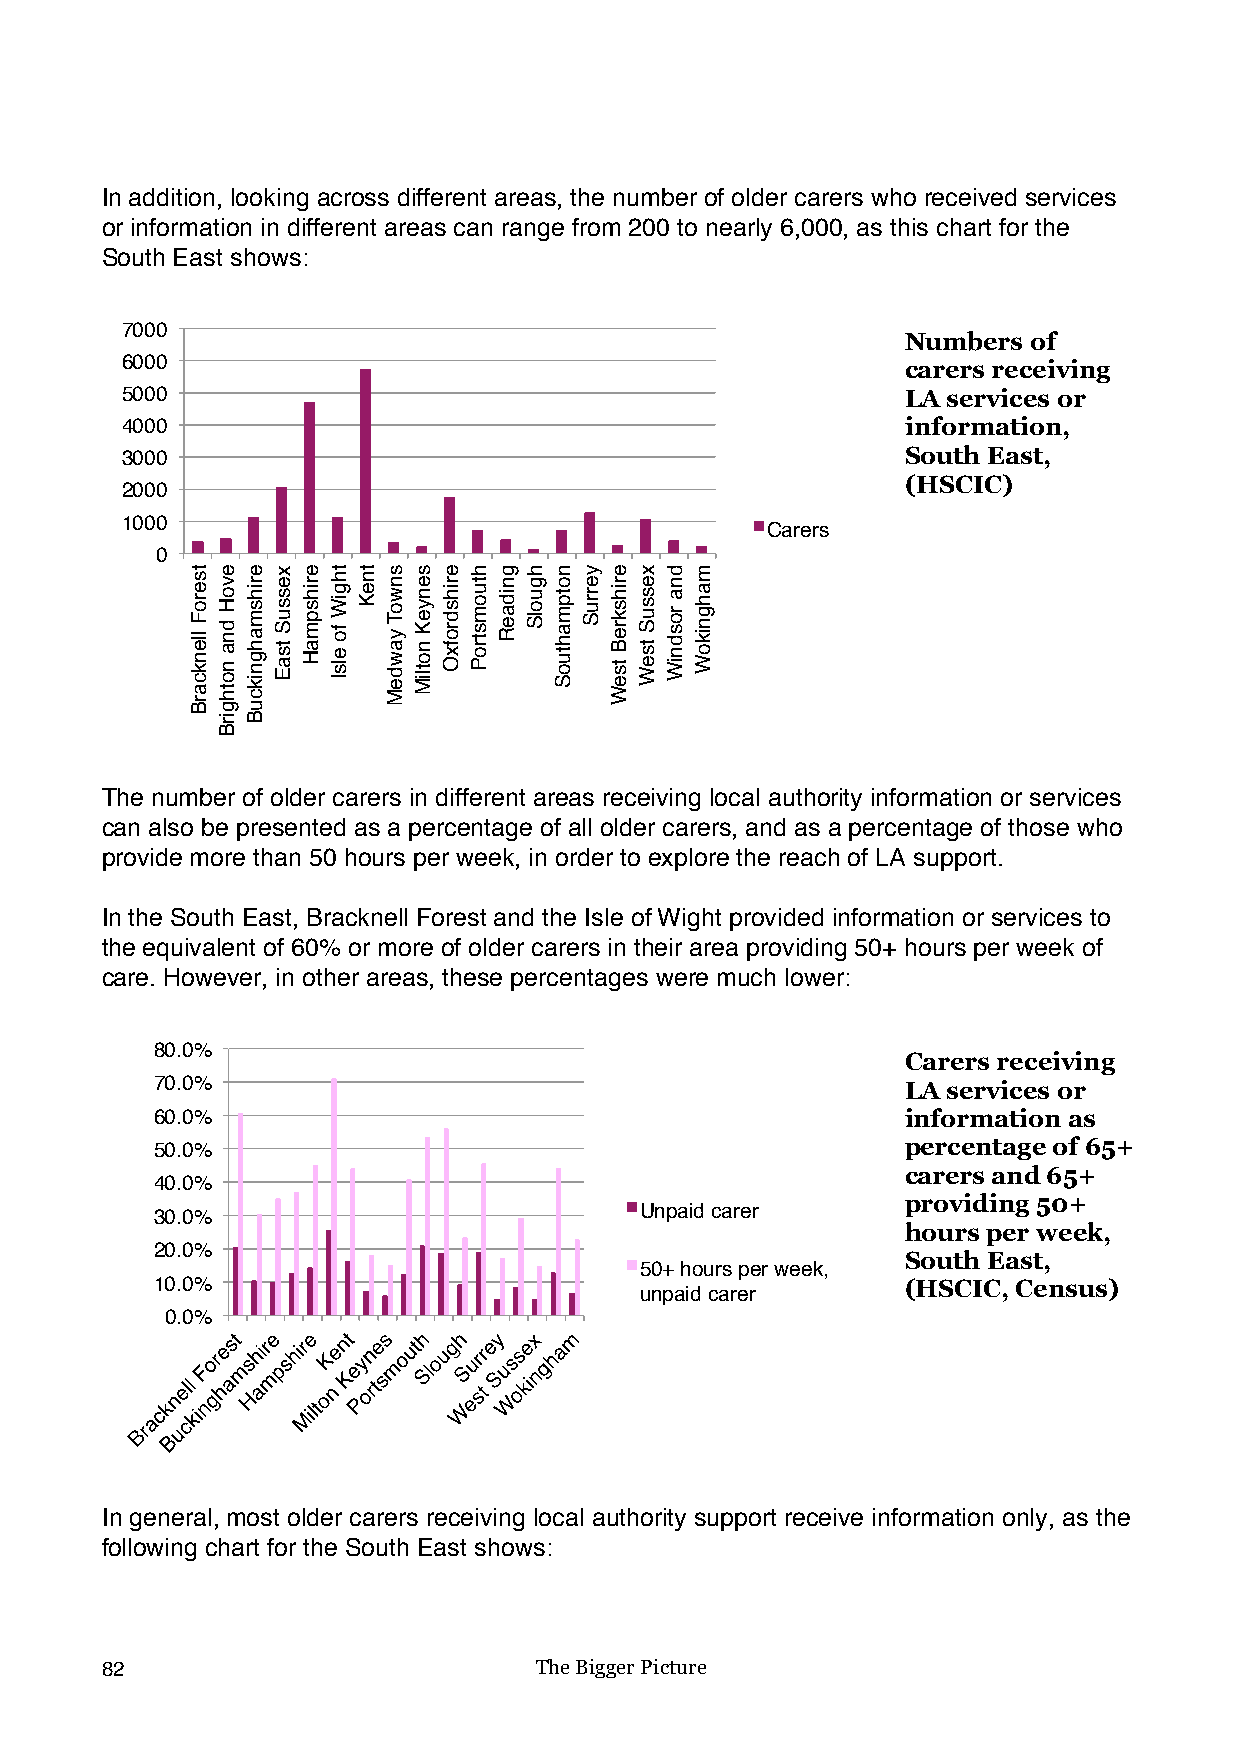
In addition, looking across different areas, the number of older carers who received services
 or information in different areas can range from 200 to nearly 6,000, as this chart for the
 South East shows:
 7000
 Numbers of
 6000                                                carers receiving
 5000                                                LA services or
 4000                                                information,
 3000                                                South East,
 (HSCIC)
 2000
 1000
 Carers
 0
 !
 The number of older carers in different areas receiving local authority information or services
 can also be presented as a percentage of all older carers, and as a percentage of those who
 provide more than 50 hours per week, in order to explore the reach of LA support.
 In the South East, Bracknell Forest and the Isle of Wight provided information or services to
 the equivalent of 60% or more of older carers in their area providing 50+ hours per week of
 care. However, in other areas, these percentages were much lower:
 80.0%
 Carers receiving
 70.0%                                             LA services or
 60.0%                                             information as
 50.0%                                             percentage of 65+
 carers and 65+
 40.0%
 providing 50+
 30.0%                           Unpaid carer
 hours per week,
 20.0%
 South East,
 50+ hours per week,
 10.0%                                             (HSCIC, Census)
 unpaid carer
 0.0%
 !
 In general, most older carers receiving local authority support receive information only, as the
 following chart for the South East shows:
 82                          The Bigger Picture
 tseroF
 llenkcarB
 evoH
 dna
 nothgirB
 erihsmahgnikcuB xessuS
 tsaE
 erihspmaH thgiW
 fo
 elsI
 tneK snwoT
 yawdeM
 senyeK
 notliM
 erihsdrofxO htuomstroP gnidaeR hguolS notpmahtuoS yerruS erihskreB
 tseW
 xessuS
 tseW
 dna
 rosdniW
 mahgnikoW